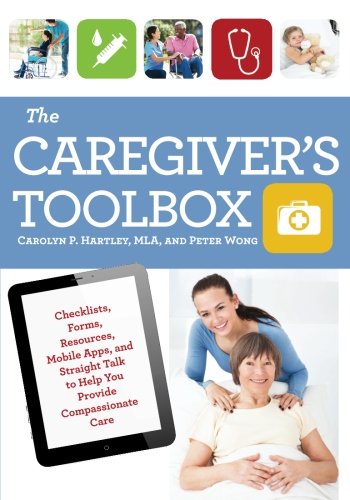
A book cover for The Caregiver's Toolbox: Checklists, Forms, Resources, Mobile Apps, and Straight Talk to Help You Provide Compassionate Care; Carolyn P. Hartley; Parenting & Relationships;